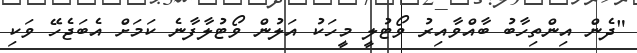
"ދެން އިންތިހާބު ބާއްވާއިރު ވޯޓުލީ މީހަކު އަލުން ވޯޓުލާފާނެ ކަމަށް އެބަޖެހޭ ވަކި